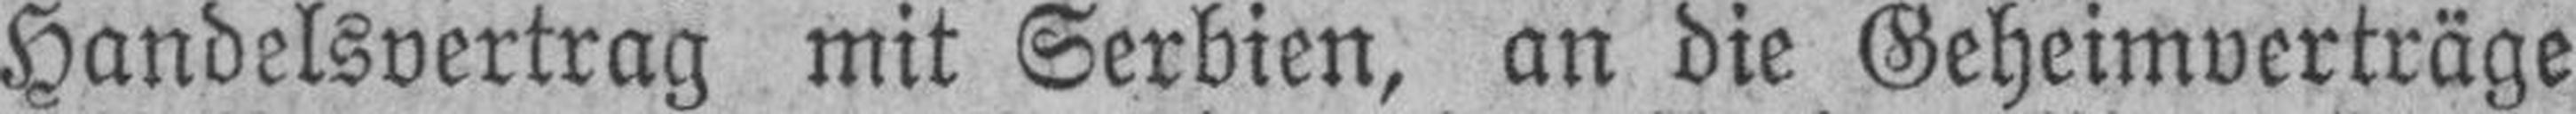
Handelsvertrag mit Serbien, an die Geheimverträge